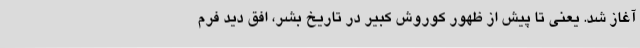
آغاز شد. یعنی تا پیش از ظهور کوروش کبیر در تاریخ بشر، افق دید فرم